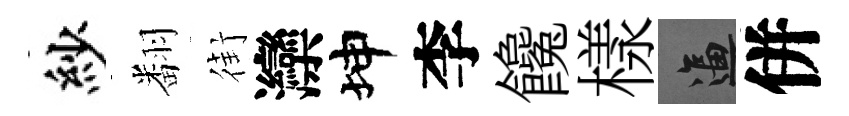
紗翻街灤坤李饞樣逼併